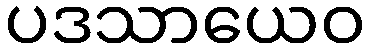
ပဒသာယေဝ